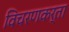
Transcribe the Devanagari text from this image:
विचरणकर्ता